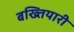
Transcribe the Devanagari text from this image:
बख्तियारी